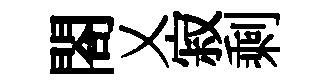
閤乂寂剩